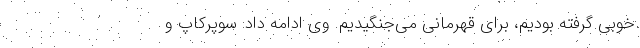
خوبی گرفته بودیم، برای قهرمانی می‌جنگیدیم. وی ادامه داد: سوپرکاپ و